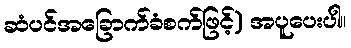
ဆံပင်အခြောက်ခံစက်ဖြင့်) အပူပေးပါ။